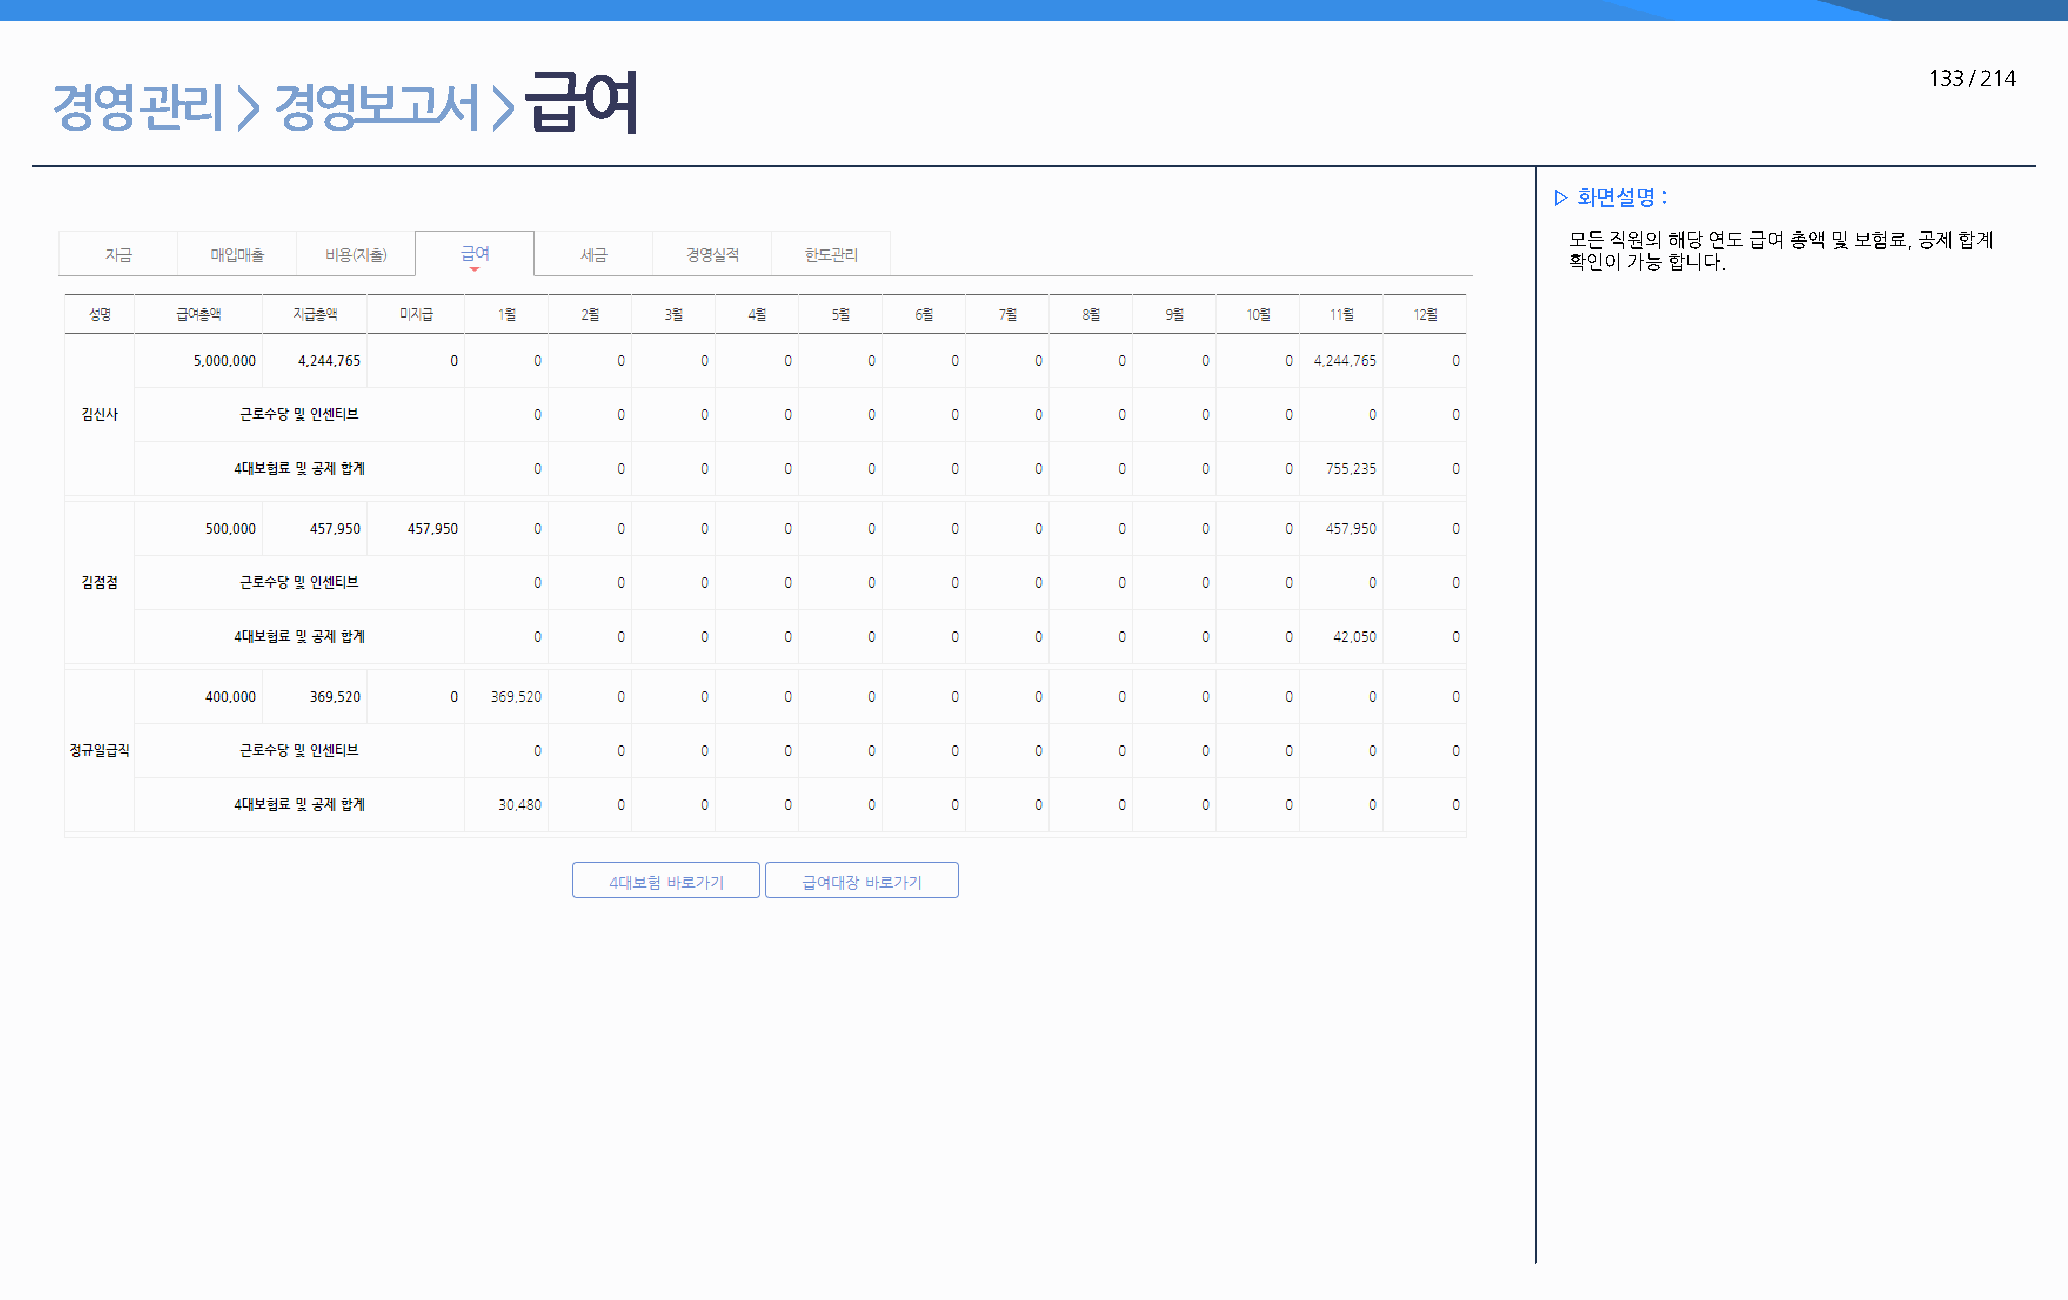
급여                                                                                           133 / 214
 경영    관리     > 경영보고서         >
 ▷ 화면설명 :
 모든 직원의 해당 연도 급여 총액 및 보험료, 공제 합계
 확인이 가능 합니다.